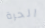
الحرة